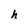
Character: h